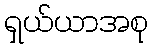
ရှယ်ယာအစု